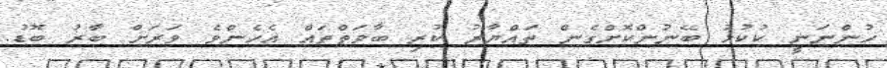
ހުންނަނީ ކުކުޅު ބޭނުންކޮށްގެން ތައްޔާރު ކުރި ބާވަތްތައް އެހެންވެ ވަރަށް ބާރު ބޮޑު.